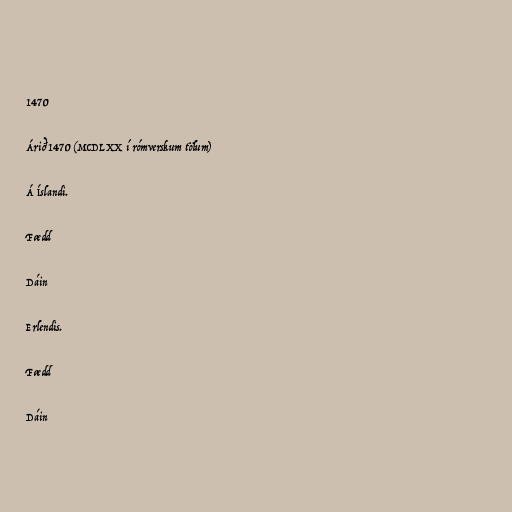
1470

Árið 1470 (MCDLXX í rómverskum tölum)

Á Íslandi.

Fædd

Dáin

Erlendis.

Fædd

Dáin